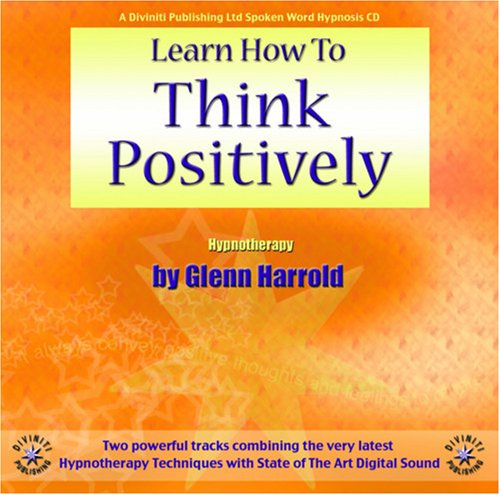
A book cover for Learn How To Think Positively; Glenn Harrold; Self-Help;